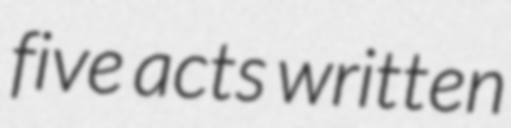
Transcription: five acts written